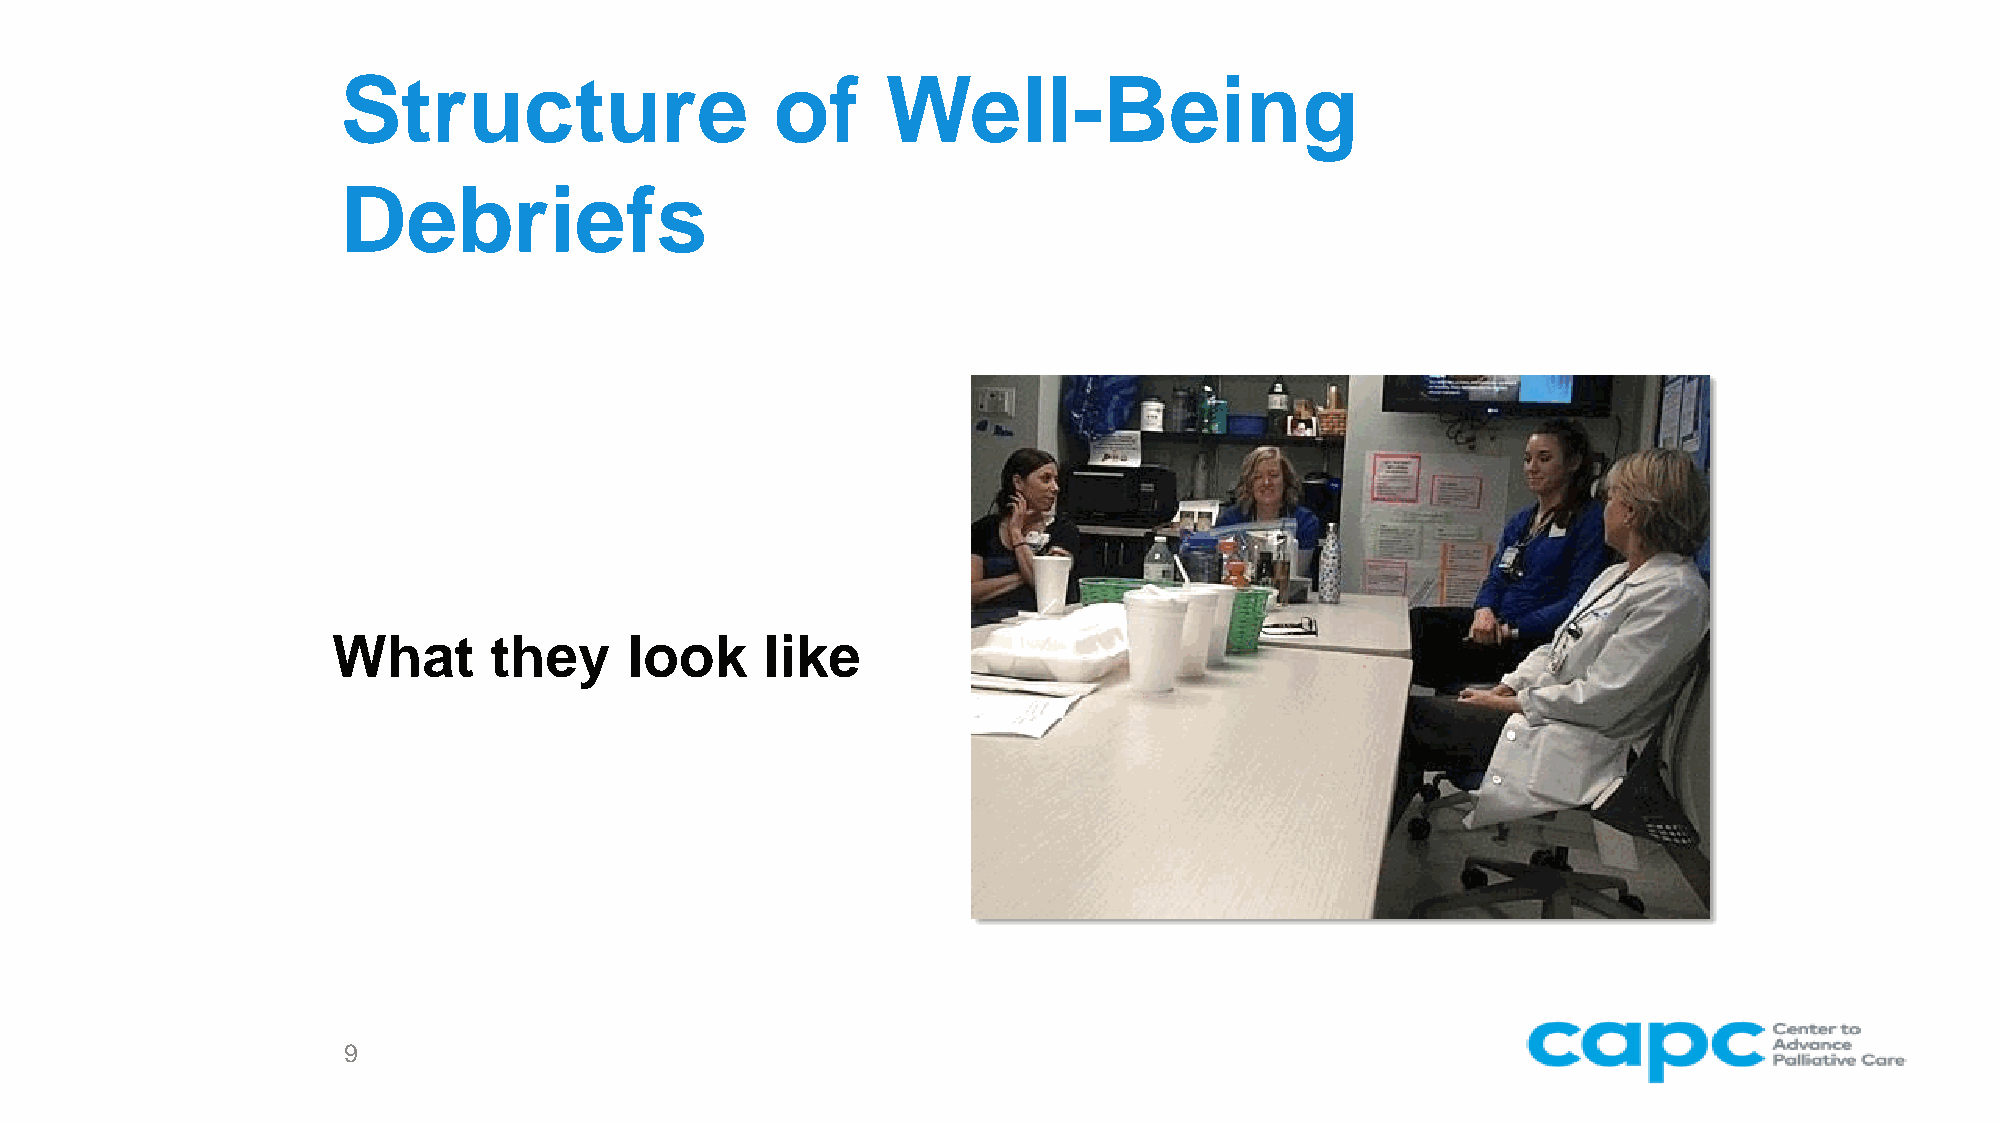
Structure                   of      Well-Being
 Debriefs
 What      they     look      like
 9